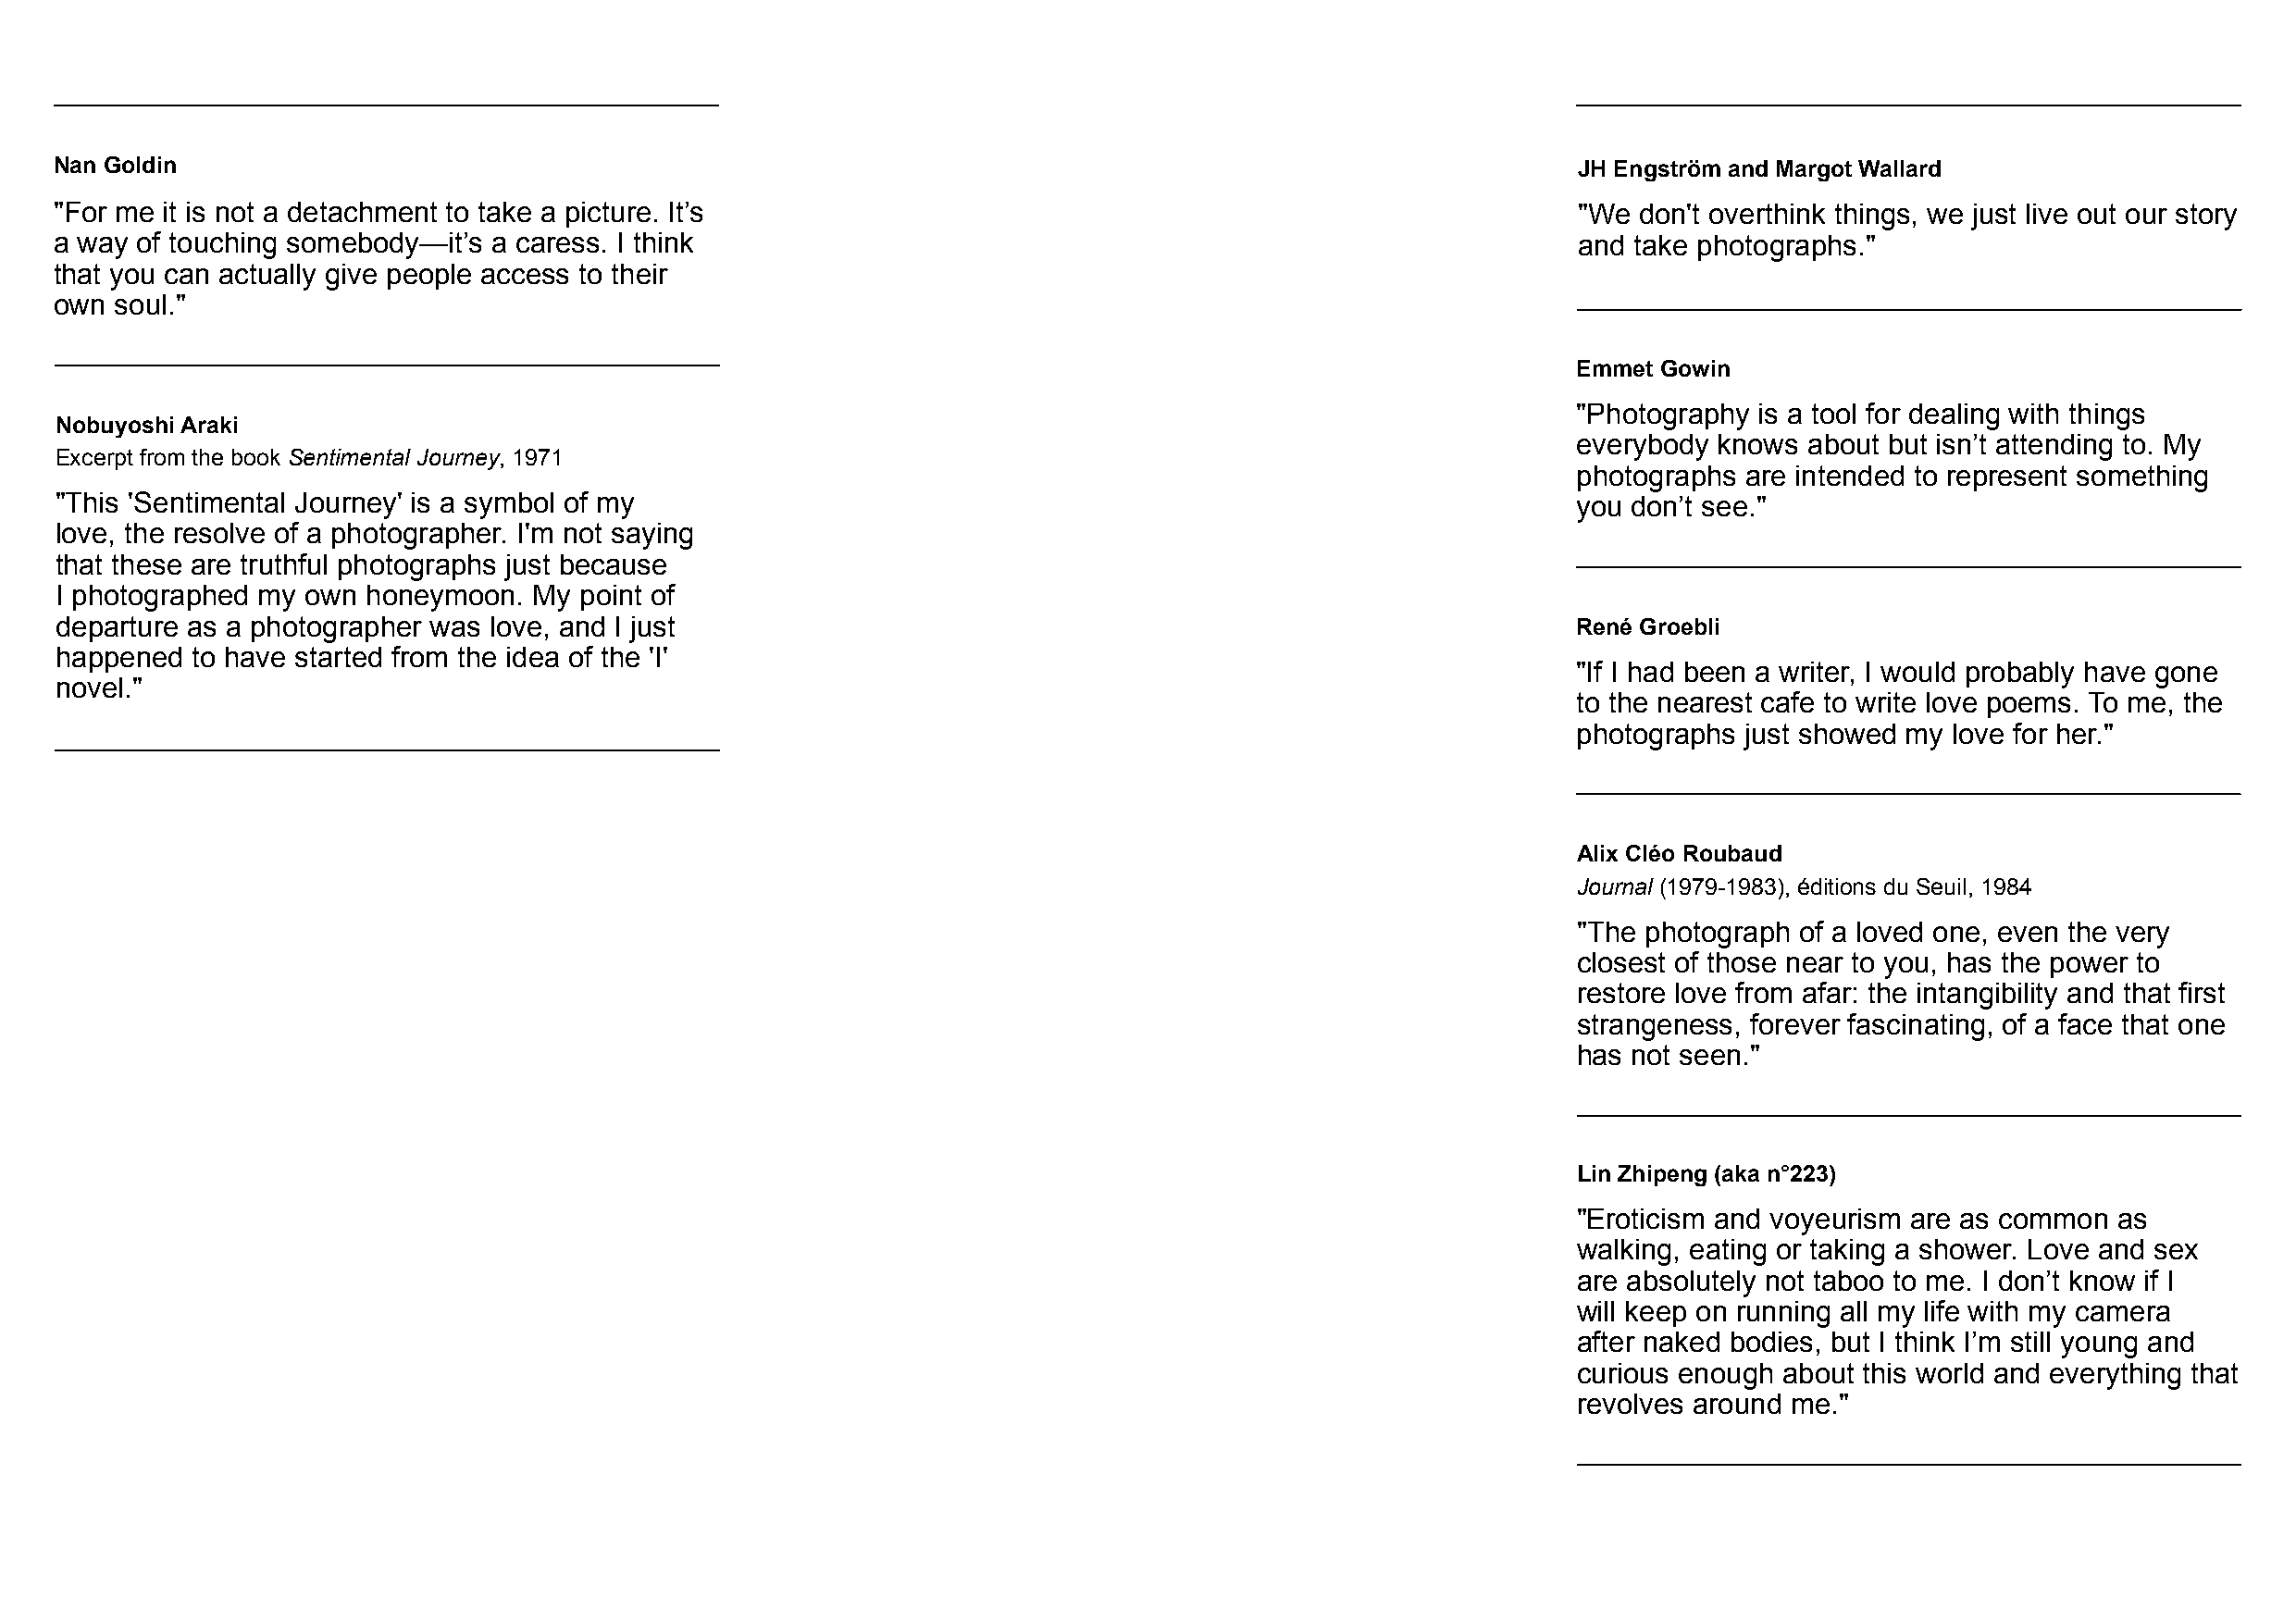
Nan Goldin                                                                                                   JH Engström and Margot Wallard
 "For me it is not a detachment to take a picture. It’s                                                       "We don't overthink things, we just live out our story
 a way of touching somebody—it’s a caress. I think                                                            and take photographs."
 that you can actually give people access to their
 own soul."
 Emmet Gowin
 "Photography is a tool for dealing with things
 Nobuyoshi Araki
 everybody knows about but isn’t attending to. My
 Excerpt from the book Sentimental Journey, 1971
 photographs are intended to represent something
 "This 'Sentimental Journey' is a symbol of my                                                                you don’t see."
 love, the resolve of a photographer. I'm not saying
 that these are truthful photographs just because
 I photographed my own honeymoon.  My point of
 departure as a photographer was love, and I just                                                             René Groebli
 happened  to have started from the idea of the 'I'
 "If I had been a writer, I would probably have gone
 novel."
 to the nearest cafe to write love poems. To me, the
 photographs just showed my love for her."
 Alix Cléo Roubaud
 Journal (1979-1983), éditions du Seuil, 1984
 "The photograph of a loved one, even the very
 closest of those near to you, has the power to
 restore love from afar: the intangibility and that first
 strangeness, forever fascinating, of a face that one
 has not seen."
 Lin Zhipeng (aka n°223)
 "Eroticism and voyeurism are as common as
 walking, eating or taking a shower. Love and sex
 are absolutely not taboo to me. I don’t know if I
 will keep on running all my life with my camera
 after naked bodies, but I think I’m still young and
 curious enough about this world and everything that
 revolves around me."